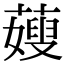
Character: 䕅